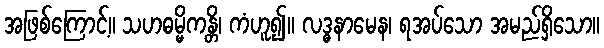
အဖြစ်ကြောင့်။ သဟဓမ္မိကန္တိ၊ ကံဟူ၍။ လဒ္ဓနာမေန၊ ရအပ်သော အမည်ရှိသော။